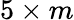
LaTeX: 5\times m